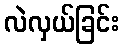
လဲလှယ်ခြင်း